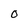
Character: O